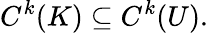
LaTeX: C^{k}(K)\subseteq C^{k}(U).